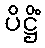
ပိဋ္ဌိံ